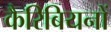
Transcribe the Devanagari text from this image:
कैरिबियनों